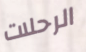
الرحلات